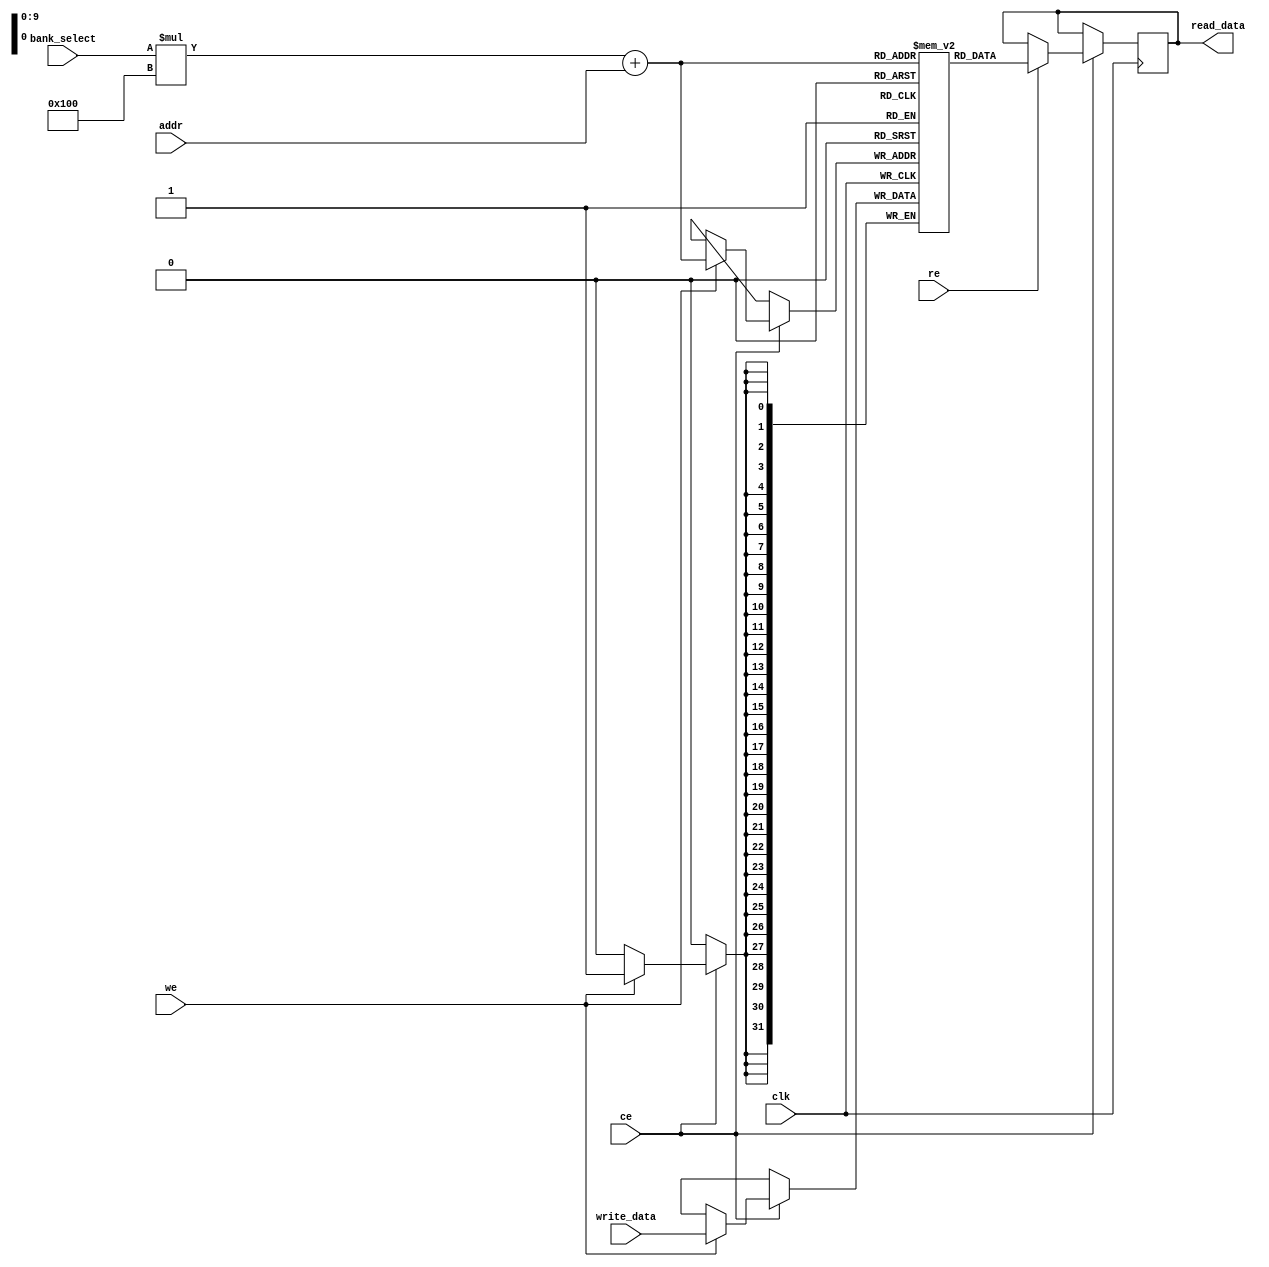
module MultibankSRAM #(
    parameter NUM_BANKS = 4,        // Number of SRAM banks
    parameter ADDR_WIDTH = 8,       // Address width for each bank
    parameter DATA_WIDTH = 32,      // Data width
    parameter BANK_SIZE = 256        // Number of words per bank
) (
    input wire clk,                  // Clock signal
    input wire [NUM_BANKS-1:0] bank_select, // Bank select signal
    input wire [ADDR_WIDTH-1:0] addr,       // Address input
    input wire [DATA_WIDTH-1:0] write_data, // Data input for write
    input wire we,                   // Write enable
    input wire re,                   // Read enable
    input wire ce,                   // Chip enable
    output reg [DATA_WIDTH-1:0] read_data // Data output for read
);

// Memory banks
reg [DATA_WIDTH-1:0] memory [NUM_BANKS-1:0][BANK_SIZE-1:0];

// Read and Write operations
always @(posedge clk) begin
    if (ce) begin
        if (we) begin
            // Write operation
            memory[bank_select][addr] <= write_data;
        end
        if (re) begin
            // Read operation
            read_data <= memory[bank_select][addr];
        end
    end
end

endmodule